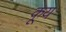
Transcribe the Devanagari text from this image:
कूय